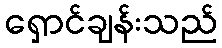
ရှောင်ချန်းသည်